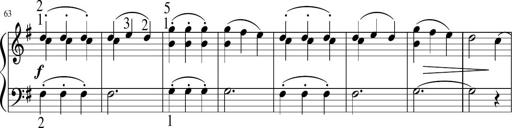
Title: 6 Instructive Sonatinas
Composer: Jacob Schmitt